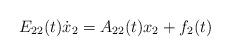
LaTeX: \begin{align*}E_{22}(t)\dot x_2=A_{22}(t)x_2+f_2(t)\end{align*}